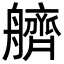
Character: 艩